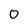
Character: 0